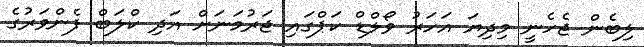
ލިބެން ޖެހެނީ މިދިޔަ އަހަރު ވޯލްޑް ކަޕްގައި ޖަރުމަނަށް އަދި ކްލަބް ފެންވަރުގެ